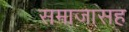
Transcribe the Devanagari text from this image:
समाजासह